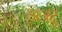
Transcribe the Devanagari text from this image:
अक्टू